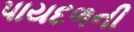
પાયદળની